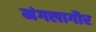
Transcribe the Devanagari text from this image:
मंगलागौर